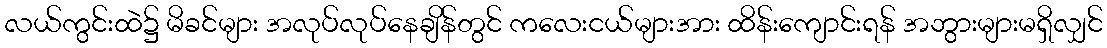
လယ်ကွင်းထဲ၌ မိခင်များ အလုပ်လုပ်နေချိန်တွင် ကလေးငယ်များအား ထိန်းကျောင်းရန် အဘွားများမရှိလျှင်